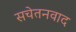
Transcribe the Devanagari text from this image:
सचेतनवाद